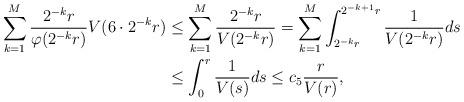
LaTeX: \begin{align*}\sum_{k=1}^M \frac{ 2^{-k}r}{\varphi(2^{-k}r)} V(6 \cdot 2^{-k}r) &\le \sum_{k=1}^M \frac{ 2^{-k}r}{V(2^{-k}r)} = \sum_{k=1}^M \int_{2^{-k}r}^{2^{-k+1}r} \frac{1}{V(2^{-k}r)}ds \\&\le \int_0^r \frac{1}{V(s)}ds \le c_5 \frac{r}{V(r)},\end{align*}